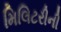
મિલિટરીની